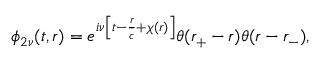
\phi _ { 2 \nu } ( t , r ) = e ^ { i \nu \left[ t - \frac { r } { c } + \chi ( r ) \right] } \theta ( r _ { + } - r ) \theta ( r - r _ { - } ) ,